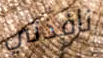
نافذتي